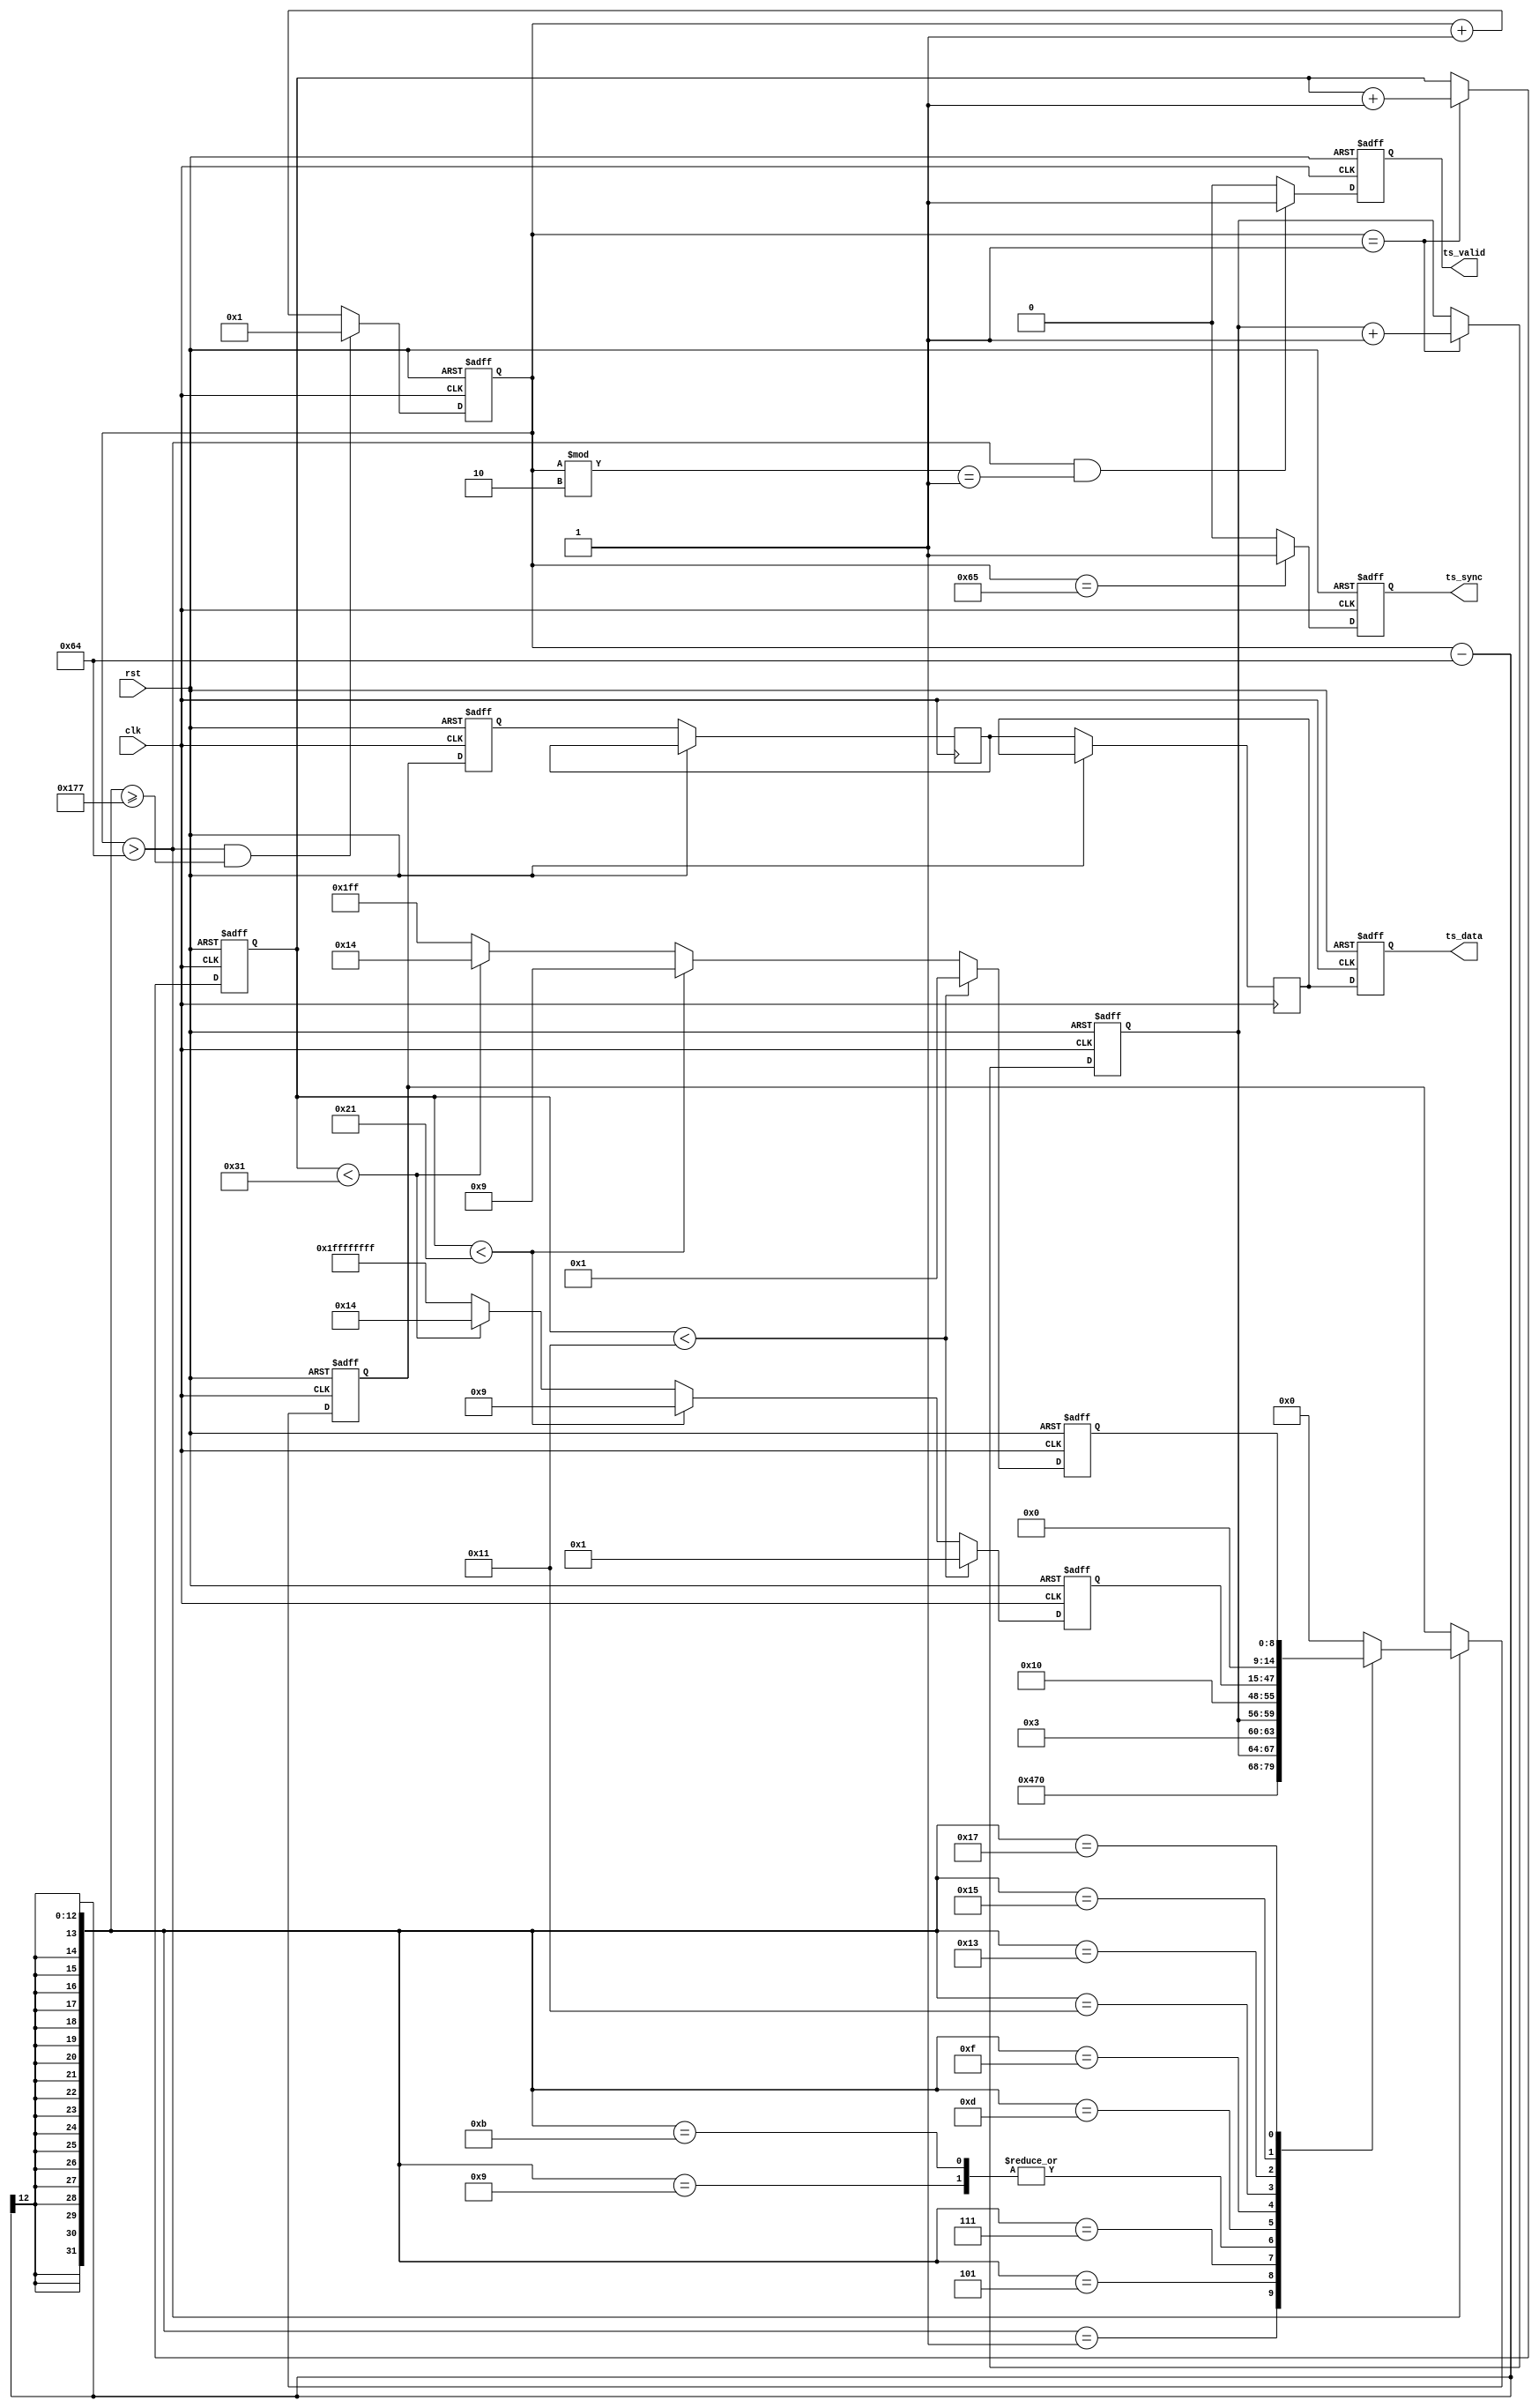
/*************************************************************************************\
    Copyright(c) 2012, China Digital TV Holding Co., Ltd,All right reserved
    Department   :   New Media,R&D Hardware Department
    Filename     :   ts_gen.v
    Author       :   huangrui/1480
    ==================================================================================
    Description  :
    
    ==================================================================================
    Modification History:
    Date        By                  Rev.        Prj.        Change Description
    ----------------------------------------------------------------------------------
    2012-10-22  huangrui/1480       1.0         IPQAM       Create
    ==================================================================================
    Called by    :   ts_gen.v
    File tree    :   ts_gen.v
\************************************************************************************/

`timescale 1ns/100ps

module ts_gen(
    rst                         ,
    clk                         ,   
    ts_sync                     ,
    ts_valid                    ,
    ts_data
    );

parameter   U_DLY                       = 1                         ;
parameter   PKT_INTERVAL                = 100                       ;
parameter   ADAPT_FIELD_CTRL            = 2'b11                     ;   //or 2'b10
parameter   ADAPT_FIELD_LEN             = 8'h10                     ;

input                                   rst                         ;
input                                   clk                         ;

output                                  ts_sync                     ;
output                                  ts_valid                    ;
output  [7:0]                           ts_data                     ;

reg     [11:0]                          byte_cnt                    ;
reg                                     ts_sync                     ;
reg                                     ts_valid                    ;
reg     [7:0]                           ts_data                     ;

reg     [3:0]                           ts_cc                       ;
reg     [7:0]                           pkt_cnt                     ;
reg     [32:0]                          pcr_base                    ;
reg     [8:0]                           pcr_ext                     ;

reg     [7:0]                           ts_data_reg                 ;
reg     [7:0]                           ts_data_reg_1dly            ;
reg     [7:0]                           ts_data_reg_2dly            ;
reg     [7:0]                           ts_data_reg_3dly            ;

always@(posedge clk or posedge rst)
begin
    if(rst==1'b1)
    begin
        byte_cnt    <=  12'h000;
    end
    else if((byte_cnt > PKT_INTERVAL) && (byte_cnt - PKT_INTERVAL>=375))
    begin
        byte_cnt    <=  12'h001;  
    end
    else
    begin
        byte_cnt    <=  byte_cnt + 12'h001;
    end
end

always@(posedge clk or posedge rst)
begin
    if(rst==1'b1)
    begin
        ts_valid    <=  1'b0;
    end
    else if((byte_cnt > PKT_INTERVAL) && (byte_cnt % 2 == 1))
    begin
        ts_valid    <=  1'b1;
    end
    else
    begin
        ts_valid    <=  1'b0;
    end
end

always@(posedge clk or posedge rst)
begin
    if(rst==1'b1)
    begin
        ts_cc   <=  4'h0;
    end
    else if(byte_cnt==12'h001)
    begin
        ts_cc   <=  ts_cc + 4'h1;
    end
end

always@(posedge clk or posedge rst)
begin
    if(rst==1'b1)
    begin
        pkt_cnt <=  8'h00;
    end
    else if(byte_cnt==12'h001)
    begin
        pkt_cnt <=  pkt_cnt + 8'h01;
    end
end

always@(posedge clk or posedge rst)
begin
    if(rst==1'b1)
    begin
        ts_sync <=  1'b0;
    end
    else if(byte_cnt==PKT_INTERVAL + 1)
    begin
        ts_sync <=  1'b1;
    end
    else
    begin
        ts_sync <=  1'b0;
    end
end

always@(posedge clk or posedge rst)
begin
    if(rst==1'b1)
    begin
        pcr_base    <=  {33{1'b0}};
        pcr_ext     <=  {9{1'b0}};
    end
    else if(pkt_cnt<17)
    begin
        pcr_base    <=  {{32{1'b0}},1'b1};
        pcr_ext     <=  {8'h00,1'b1};
    end
    else if(pkt_cnt<33)
    begin
        pcr_base    <=  33'd9;
        pcr_ext     <=  9'd9;
    end
    else if(pkt_cnt<49)
    begin
        pcr_base    <=  33'd20;
        pcr_ext     <=  9'd20;
    end
    else
    begin
        pcr_base    <=  {33{1'b1}};
        pcr_ext     <=  {9{1'b1}};
    end
end

always@(posedge clk or posedge rst)
begin
    if(rst==1'b1)
    begin
        ts_data_reg <=  8'h00;
    end
    else
    begin
        if(byte_cnt > PKT_INTERVAL)
        begin
            case(byte_cnt - PKT_INTERVAL)
                12'd1:  ts_data_reg <=  8'h47;
                12'd3:  ts_data_reg <=  8'h00;
                12'd5:  ts_data_reg <=  {4'h0,ts_cc[3:0]};                      //ts_pid
                12'd7:  ts_data_reg <=  {2'b00,ADAPT_FIELD_CTRL,ts_cc[3:0]};
                12'd9:  ts_data_reg <=  ADAPT_FIELD_LEN;
                12'd11: ts_data_reg <=  {3'b000,1'b1,4'h0};                     //pcr_flag  
                12'd13: ts_data_reg <=  pcr_base[32:25];
                12'd15: ts_data_reg <=  pcr_base[24:17];
                12'd17: ts_data_reg <=  pcr_base[16:9];
                12'd19: ts_data_reg <=  pcr_base[8:1];
                12'd21: ts_data_reg <=  {pcr_base[0],{6{1'b0}},pcr_ext[8]};
                12'd23: ts_data_reg <=  pcr_ext[7:0]; 
                default:ts_data_reg <=  8'h00;
            endcase
        end
    end
end

always@(posedge clk or posedge rst)
begin
    if(rst==1'b1)
    begin
        ts_data_reg_1dly    <=  8'h00;
        ts_data_reg_1dly    <=  8'h00;
        ts_data_reg_1dly    <=  8'h00;
        ts_data             <=  8'h00;
    end
    else
    begin
        ts_data_reg_1dly    <=  ts_data_reg;
        ts_data_reg_2dly    <=  ts_data_reg_1dly;  
        ts_data_reg_3dly    <=  ts_data_reg_2dly;  
        ts_data             <=  ts_data_reg_3dly;  
    end
end
 
endmodule